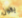
يكون